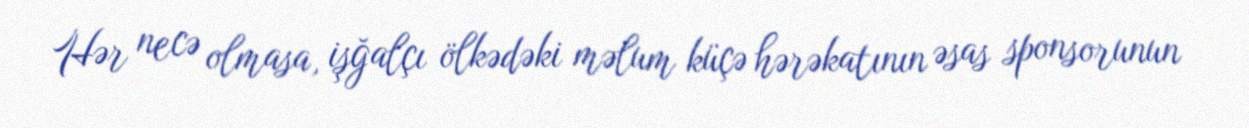
Hər necə olmasa, işğalçı ölkədəki məlum küçə hərəkatının əsas sponsorunun